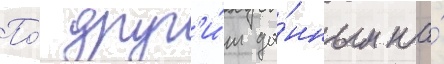
По́ друг'и́м да́нным на́